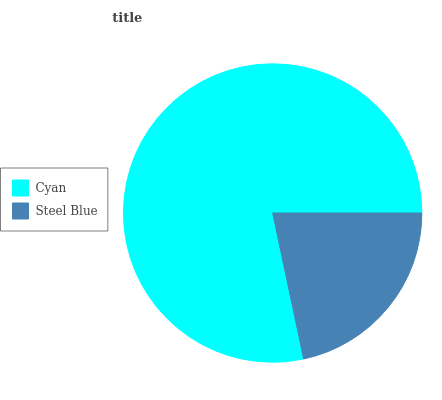
| Cyan | Steel Blue |
 | --- | --- |
 | 78.3% | 21.7% |